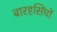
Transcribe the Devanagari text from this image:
बारहसिंघों